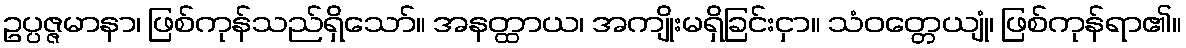
ဥပ္ပဇ္ဇမာနာ၊ ဖြစ်ကုန်သည်ရှိသော်။ အနတ္ထာယ၊ အကျိုးမရှိခြင်းငှာ။ သံဝတ္တေယျုံ၊ ဖြစ်ကုန်ရာ၏။